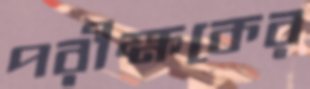
পরীক্ষকের